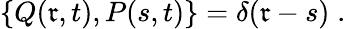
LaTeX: \left\{ Q(\mathfrak{r},t),P(s,t)\right\} =\delta(\mathfrak{r}-s)\; .